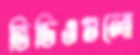
ভিডিওগুলো